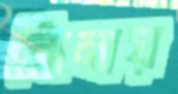
ঝিমায়